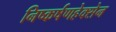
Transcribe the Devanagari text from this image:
निष्कर्षणहेक्सेन